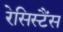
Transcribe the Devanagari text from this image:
रेसिस्टैंस